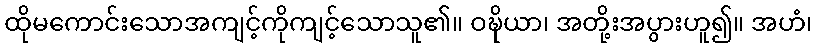
ထိုမကောင်းသောအကျင့်ကိုကျင့်သောသူ၏။ ဝဍ္ဎိယာ၊ အတို့းအပွားဟူ၍။ အဟံ၊